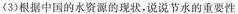
(3)根据中国的水资源的现状，说说节水的重要性